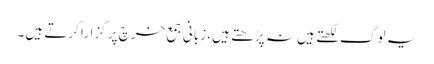
یہ لوگ لکھتے ہیں نہ پڑھتے ہیں، زبانی جمع خرچ پر گزارا کرتے ہیں۔